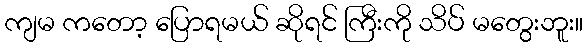
ကျမ ကတော့ ပြောရမယ် ဆိုရင် ကြီးကို သိပ် မတွေးဘူး။